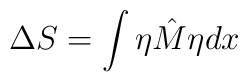
\Delta S = \int \eta\hat{M}\eta dx